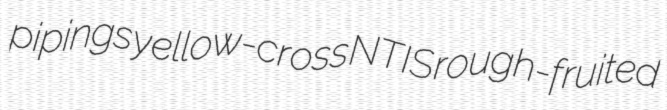
pipings yellow-cross NTIS rough-fruited